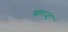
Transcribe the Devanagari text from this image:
वारन्‍ट